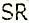
SR